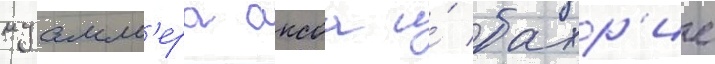
муамм'ера аксоа и́ бахр'ие